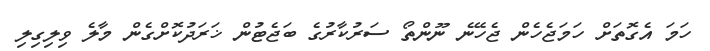
ހަމަ އެގޮތަށް ހަމަޖެހެން ޖެހޭނެ ނޫންތޯ ސަރުކާރުގެ ބަޖެޓުން ޚަރަދުކޮށްގެން މާލެ ވިލިގިލި